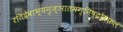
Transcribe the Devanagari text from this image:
रंतिदेवाभ्यनुज्ञातमग्निष्टोमफलं